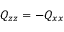
Q _ { z z } = - Q _ { x x }